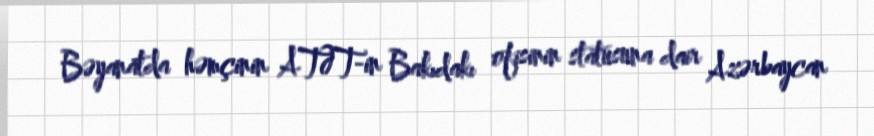
Bəyanatda həmçinin ATƏT-in Bakıdakı ofisinin statusuna dair Azərbaycan